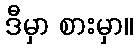
ဒီမှာ စားမှာ။